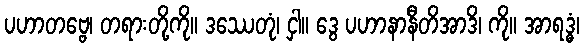
ပဟာတဗ္ဗေ၊ တရားတို့ကို။ ဒဿေတုံ၊ ငှါ။ ဒွေ ပဟာနာနီတိအာဒိ၊ ကို။ အာရဒ္ဓံ၊